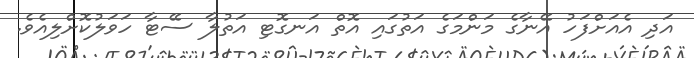
އަދި އެއަށްފަހު އޭނާގެ މަންމަގެ އަތުގައި އޮތް އަނގޮޓި އަތުލާ ސޭޓާ ހަވަލުކޮށްލިއެވެ.